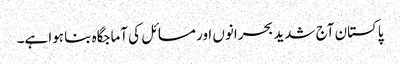
پاکستان آج شدید بحرانوں اور مسائل کی آماجگاہ بنا ہوا ہے۔